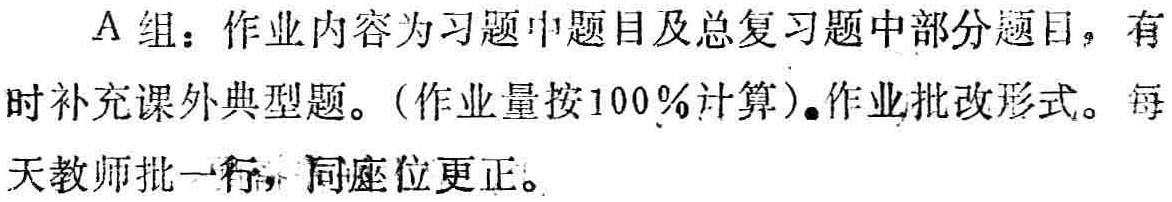
A组：作业内容为习题中题目及总复习题中部分题目，有时补充课外典型题。(作业量按100%计算)。作业批改形式。每天教师批一行，同座位更正。